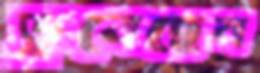
ডুবেছেন